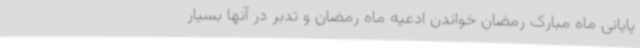
پایانی ماه مبارک رمضان خواندن ادعیه ماه رمضان و تدبر در آنها بسیار